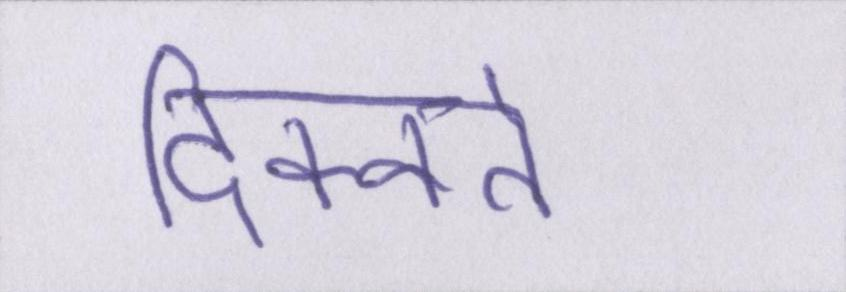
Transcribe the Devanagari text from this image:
दिक्कतें